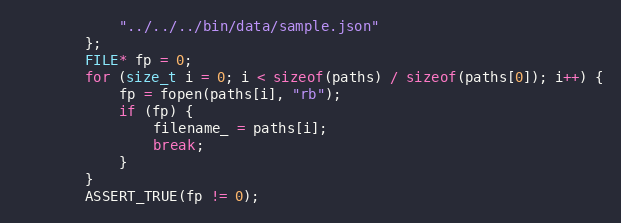
Language: C++
            "../../../bin/data/sample.json"
        };
        FILE* fp = 0;
        for (size_t i = 0; i < sizeof(paths) / sizeof(paths[0]); i++) {
            fp = fopen(paths[i], "rb");
            if (fp) {
                filename_ = paths[i];
                break;
            }
        }
        ASSERT_TRUE(fp != 0);